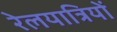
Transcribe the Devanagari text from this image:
रेलयात्रियों